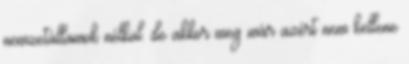
nemzetállamok nélkül. de akkor meg már azért nem kellene